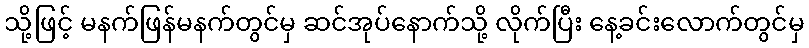
သို့ဖြင့် မနက်ဖြန်မနက်တွင်မှ ဆင်အုပ်နောက်သို့ လိုက်ပြီး နေ့ခင်းလောက်တွင်မှ